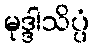
မုဒ္ဒါသိပ္ပံ